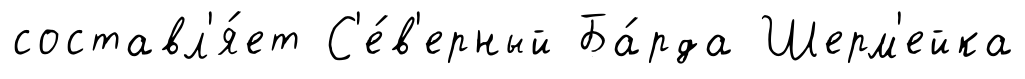
составл'я́ет С'е́в'ерный Ба́рда Шерм'ейка